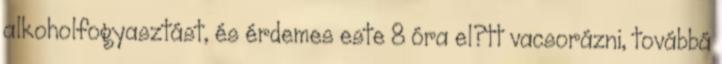
alkoholfogyasztást, és érdemes este 8 óra el?tt vacsorázni, továbbá